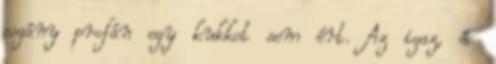
pogány profán egy kukkot sem ért. Az igaz, és